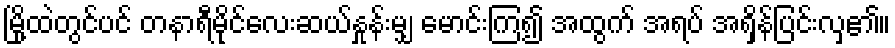
မြို့ထဲတွင်ပင် တနာရီမိုင်လေးဆယ်နှုန်းမျှ မောင်းကြ၍ အထွက် အရပ် အရှိန်ပြင်းလှ၏။